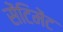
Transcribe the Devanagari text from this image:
सेंटिमेंट